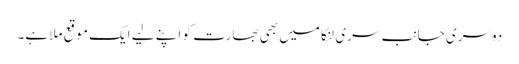
دوسری جانب سری لنکا میں بھی بھارت کو اپنے لیے ایک موقع ملا ہے۔